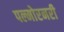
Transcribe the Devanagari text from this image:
पल्मोरनरी